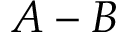
A - B